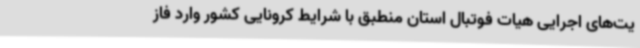
یت‌های اجرایی هیات فوتبال استان منطبق با شرایط کرونایی کشور وارد فاز